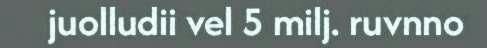
juolludii vel 5 milj. ruvnno